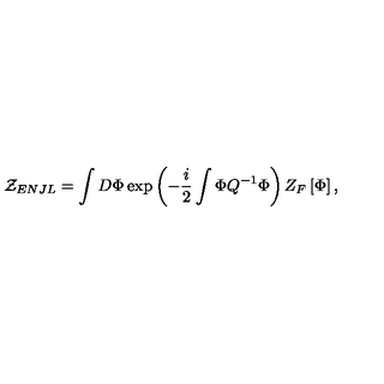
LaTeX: { \cal Z } _ { E N J L } = \int D \Phi \exp \left( - { \frac { i } { 2 } } \int \Phi Q ^ { - 1 } \Phi \right) Z _ { F } \left[ \Phi \right] ,